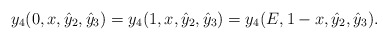
\begin{align*}y_4(0,x,\hat{y}_2,\hat{y}_3)=y_4(1,x,\hat{y}_2,\hat{y}_3)=y_4(E,1-x,\hat{y}_2,\hat{y}_3). \end{align*}